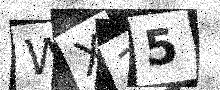
Text: WX25